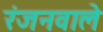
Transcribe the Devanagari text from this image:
रंजनवाले